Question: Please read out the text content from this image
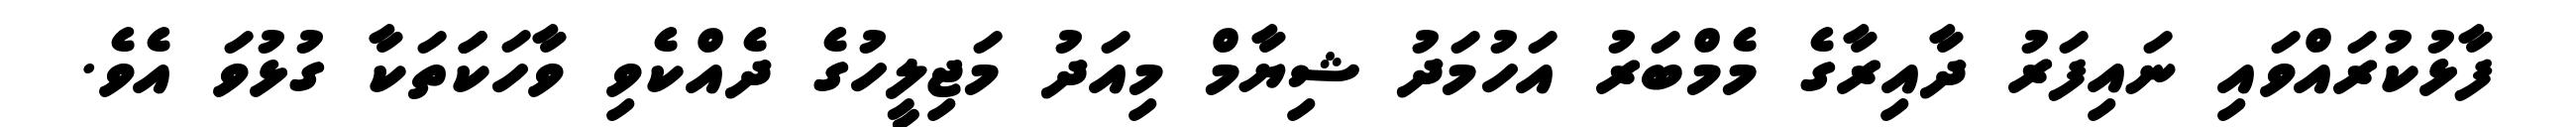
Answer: ފާޅުކުރައްވައި ނައިފަރު ދާއިރާގެ މެމްބަރު އަހުމަދު ޝިޔާމް މިއަދު މަޖިލީހުގެ ދެއްކެވި ވާހަކަަތަކާ ގުޅުވަ އެވެ.